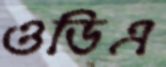
ওডিএ